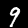
Digit: 9